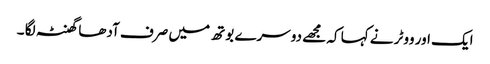
ایک اور ووٹر نے کہا کہ مجھے دوسرے بوتھ میں صرف آدھا گھنٹہ لگا ۔